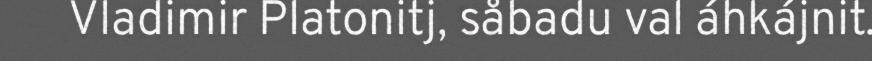
Vladimir Platonitj, såbadu val áhkájnit.